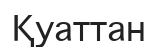
Қуаттан